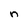
Character: n